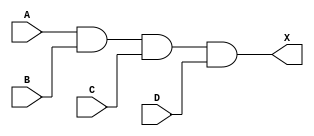
module sky130_fd_sc_hdll__and4 (
    X,
    A,
    B,
    C,
    D
);

    // Module ports
    output X;
    input  A;
    input  B;
    input  C;
    input  D;

    // Module supplies
    supply1 VPWR;
    supply0 VGND;
    supply1 VPB ;
    supply0 VNB ;

    // Local signals
    wire and0_out_X;

    //  Name  Output      Other arguments
    and and0 (and0_out_X, A, B, C, D     );
    buf buf0 (X         , and0_out_X     );

endmodule